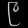
Digit: ၉